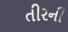
તીરની